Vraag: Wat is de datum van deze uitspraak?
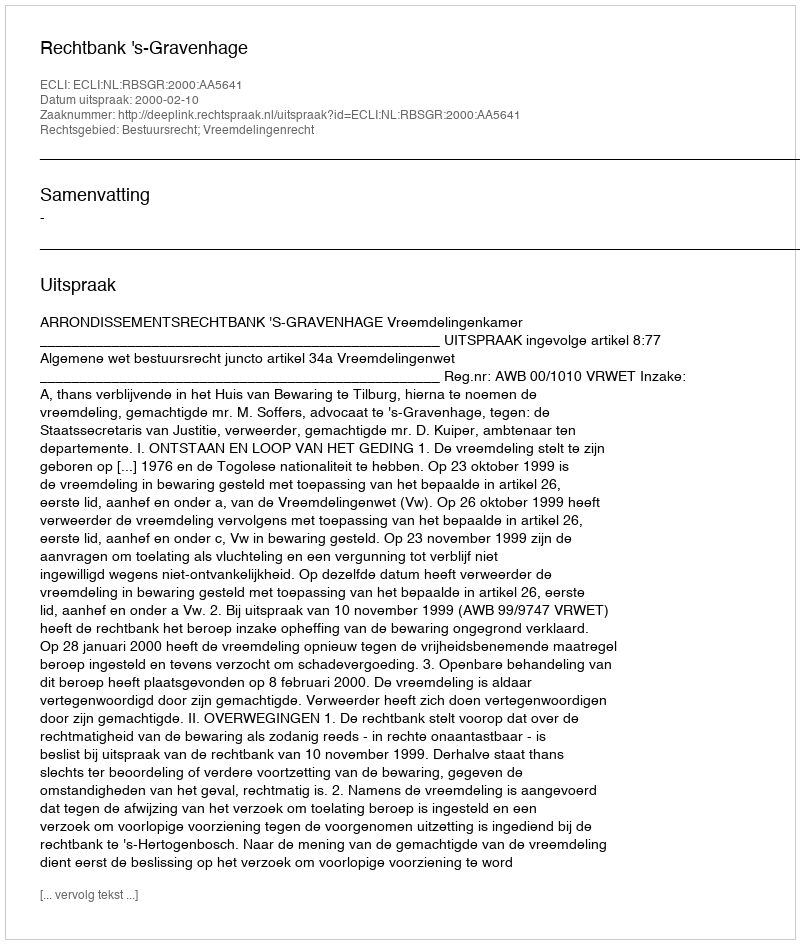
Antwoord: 2000-02-10